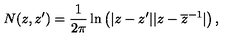
N ( z , z ^ { \prime } ) = \frac { 1 } { 2 \pi } \ln \left( | z - z ^ { \prime } | | z - \overline { { z } } ^ { - 1 } | \right) ,